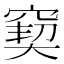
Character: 窫